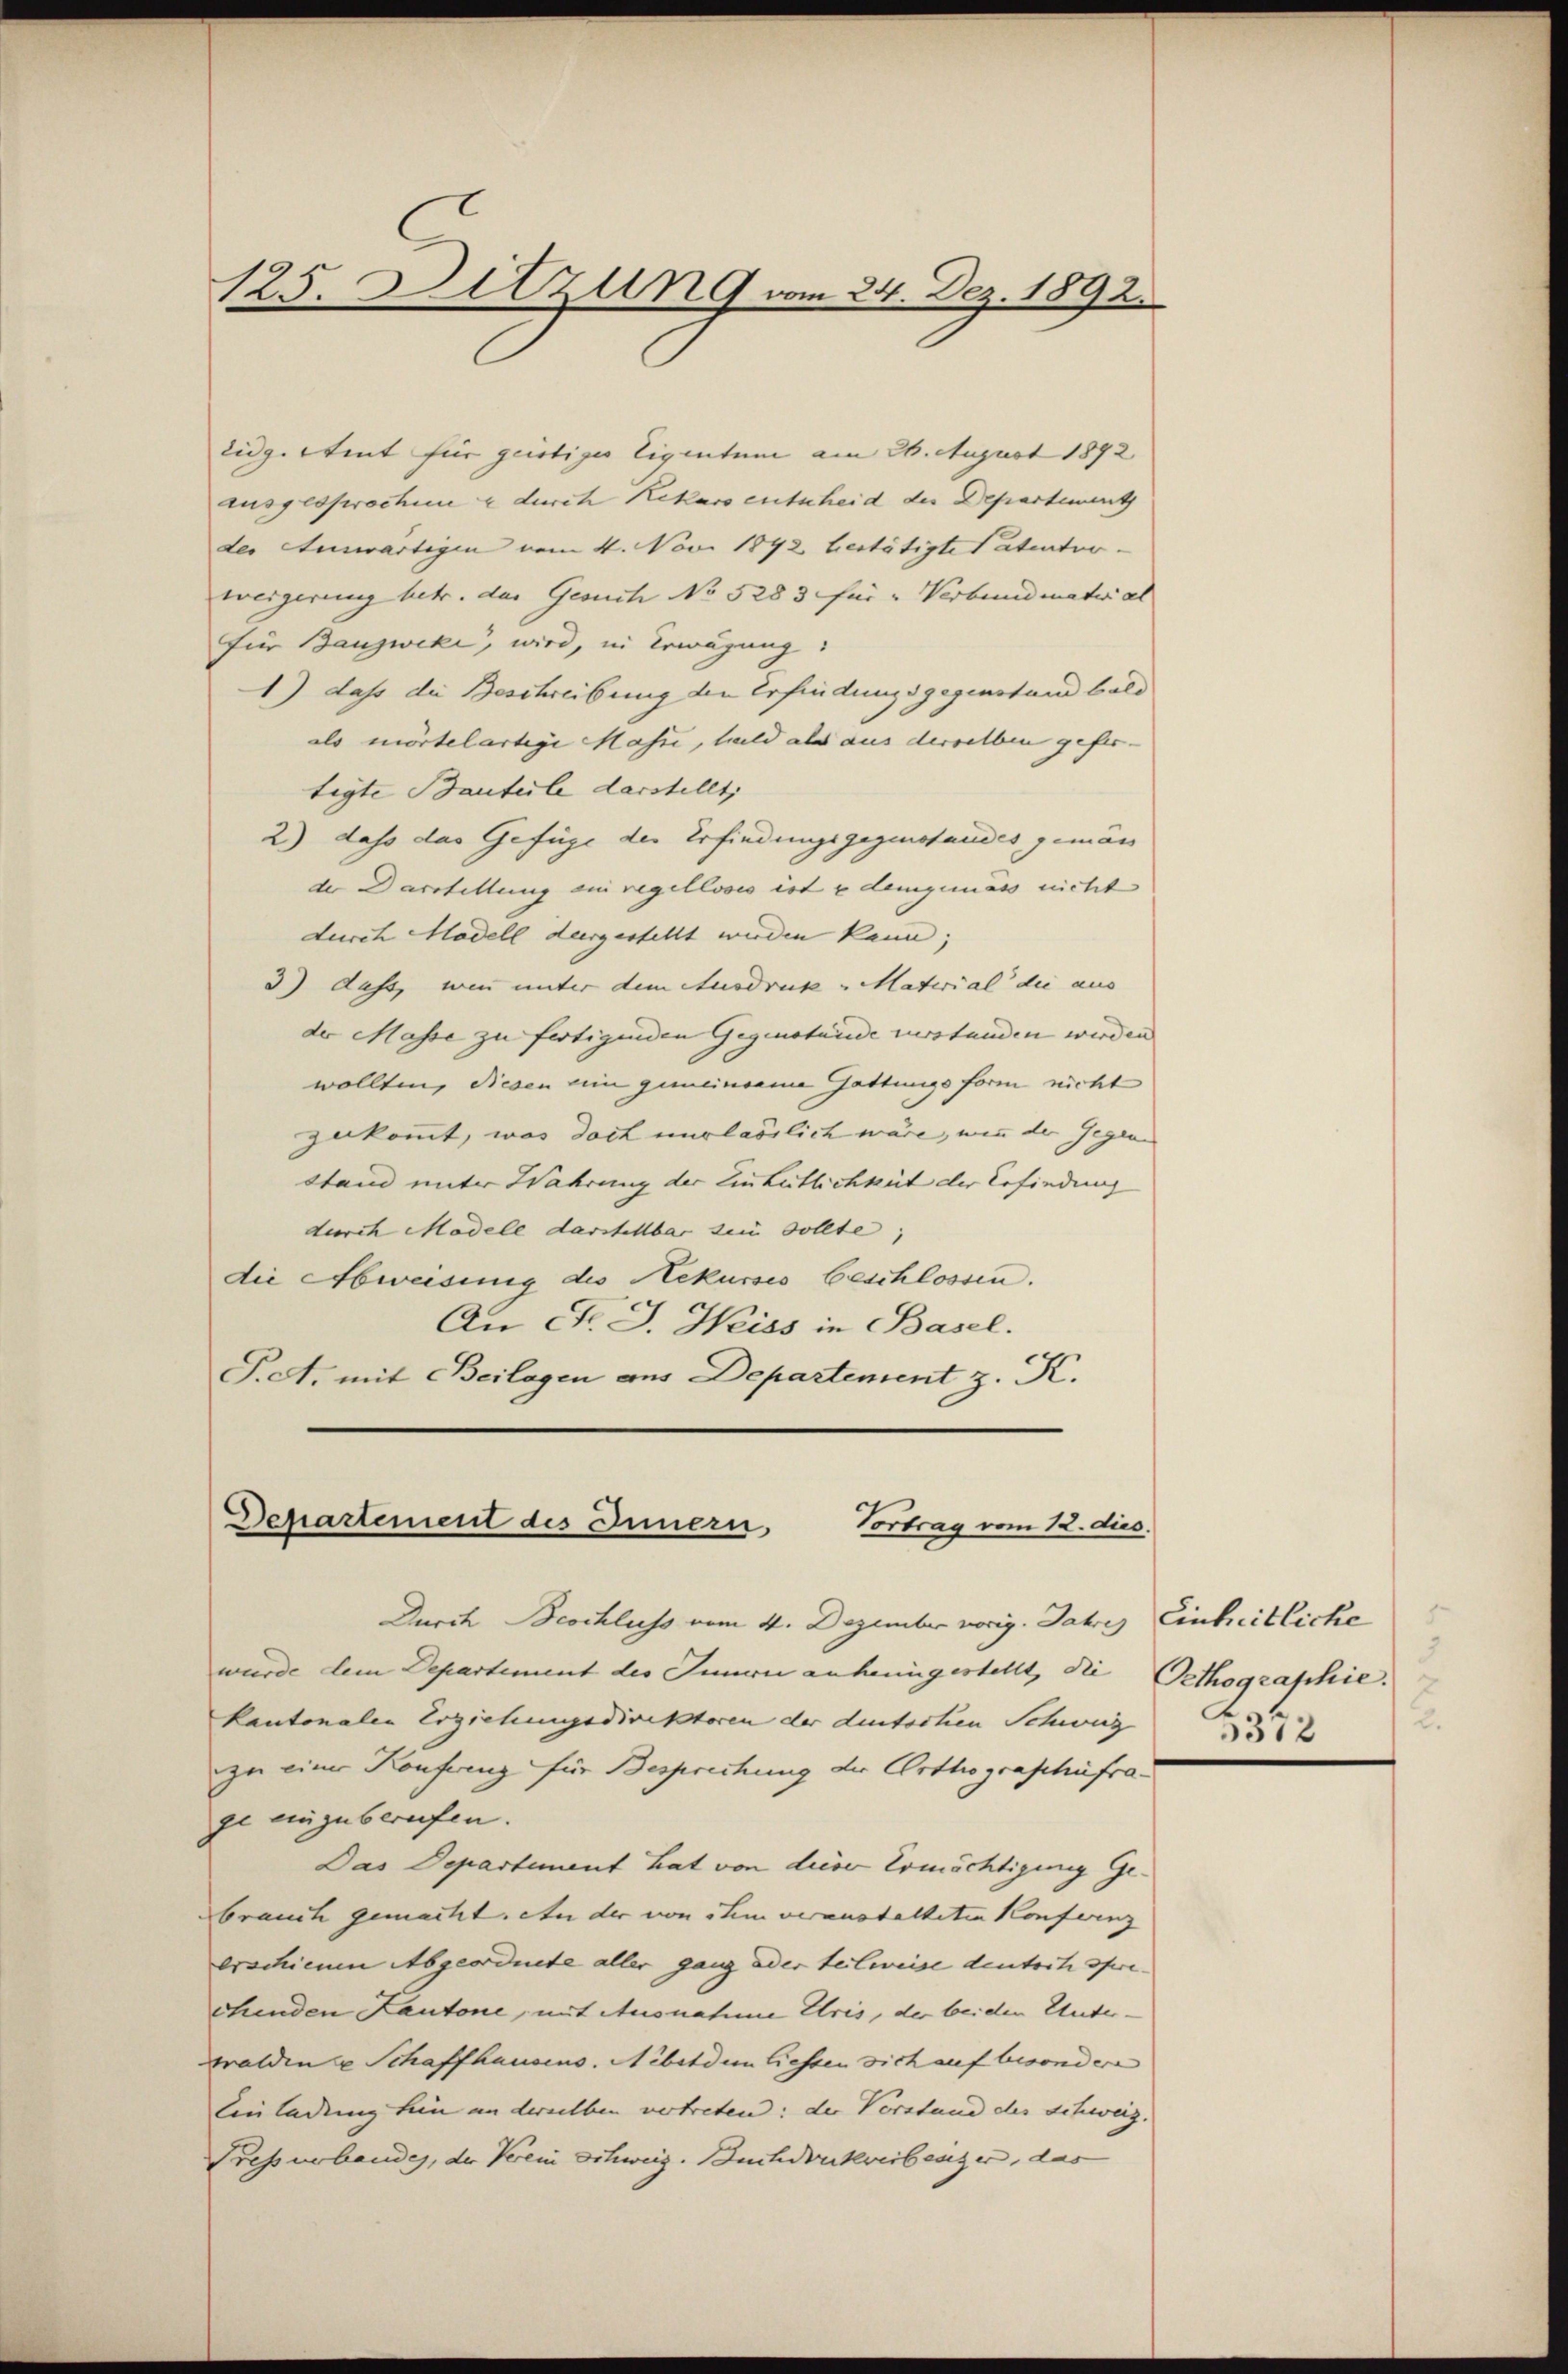
125. Ditzung vom 24. Dez. 1892.

Eidg. Stent für geistiges Eigentum am 26. August 1892
ausgesprochene & durch Rekurs entscheid der Departement
der Auswärtigen vom 4. Nov. 1892 bestätigte Patenter.
weigerung betr. das Gesuch No 5283 für " Verbundiater al
für Bauzweke, wird, in Erwägung
1) dass die Beschreibung den Erfindungsgegenstand bald
als mörtelartige Masse, bald als aus derselben gefer-
tigte Bauteile darstellt,
2) dass das Gefüge der Erfindungsgegenstandes gemäs
der Darstellung ein regelloses ist u demgemäss nicht
durch Modell dergestellt werden kann;
3) dass, wen unter dem Ausdruck - Material die aus
de Masse zu fertigenden Gegenstände zustanden werden
wollten, diesen ein gemeinsame Gattungsform nicht
zukommt, was doch umrlässlich wäre, wenn der Gegen
stand unter Wahrung der Einheitlichkeit der Befindung
durch Madele darstellbar sein sollte;
die Abweisung des Rekurses beschlossen.
An St. J. Weiss in Basel.
P.A. mit Beilagen aus Departement z. K.

Dehartement des Innern. Vortrag vom 12. dies

Durch Beschluss vom 4. Dezember vorig. Jahre Einheitliche
wurde dem Departement der Junii anheimgestellt, die
kantonalen Erziehungsdirektoren der duntschen Schweiz
zu einer Konferenz für Besprechung der Orthographüfrage einzuberufen.
Das Departement hat von dieser Ermächtigung Gebrauch gemacht. An der von ihm veranstalteten Konferenz
erschienen Abgeordnete aller ganz oder teilweise deutsch operichenden Kantone, mit Ausnahme Eris, der beiden Unterwalden u Schaffhausens. Nibet dem liessen sich auf besondere
Einladung hin an derselben vertreten: der Vorstand des Schweiz.
Pressurbandes, der Verein Schweiz. Buchdruckweibesizer, das

Orthographie.
2
5312